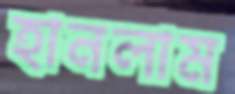
হানলাম